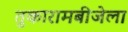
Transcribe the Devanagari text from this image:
तुकारामबीजेला